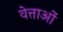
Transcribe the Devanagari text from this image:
वेत्ताओं